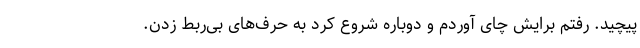
‌پیچید. رفتم برایش چای آوردم و دوباره شروع کرد به حرف‌های بی‌ربط زدن.